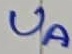
Text: UA